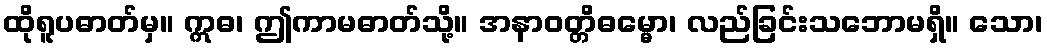
ထိုရူပဓာတ်မှ။ ဣဓ၊ ဤကာမဓာတ်သို့။ အနာဝတ္တိဓမ္မော၊ လည်ခြင်းသဘောမရှိ။ သော၊